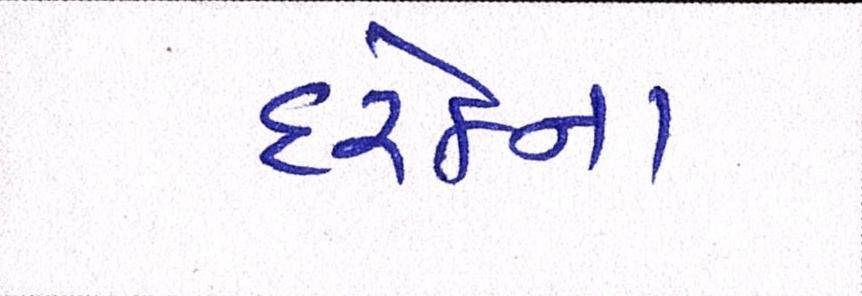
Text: દરેકના